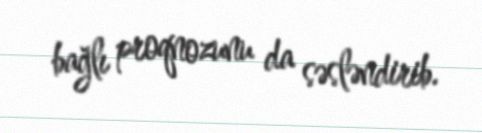
bağlı proqnozunu da səsləndirib.